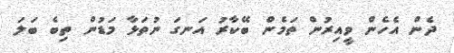
ދެން އެހެން ވީއިރުން ތަމެން ބޭކާރު އަނގަ ނުތަޅާ މަޑުން ތިބެ ބަލަ